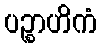
ပဉ္စာဟိကံ